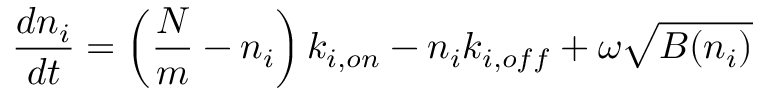
\frac { d n _ { i } } { d t } = \left( \frac { N } { m } - n _ { i } \right) k _ { i , o n } - n _ { i } k _ { i , o f f } + \omega \sqrt { B ( n _ { i } ) }